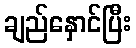
ချည်နှောင်ပြီး